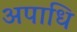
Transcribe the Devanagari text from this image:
अपाधि